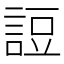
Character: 䛠